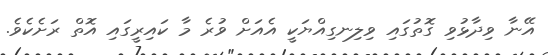
އޭނާ ވިދާޅުވި ގޮތުގައި ވިލިނގިއްޔަކީ އެއަށް ވުރެ މާ ކައިރީގައި އޮތް ރަށެކެވެ.